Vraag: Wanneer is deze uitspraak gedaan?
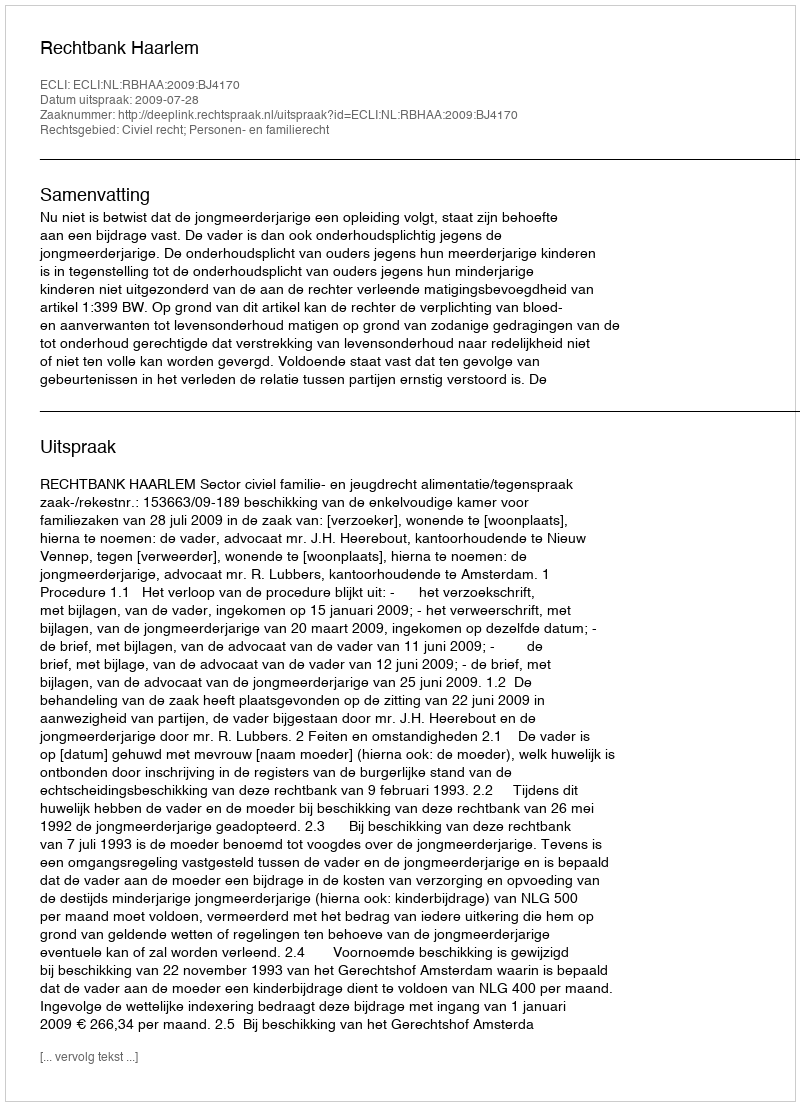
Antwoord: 2009-07-28